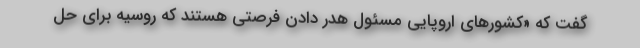
گفت که «کشورهای اروپایی مسئول هدر دادن فرصتی هستند که روسیه برای حل